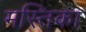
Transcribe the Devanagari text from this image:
मस्तिका